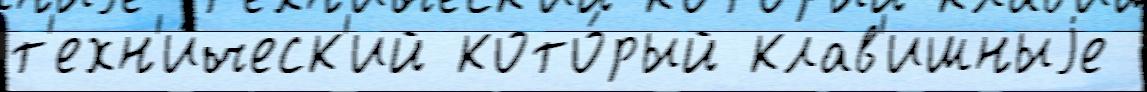
т'ехн'и́ческ'ий кото́рый клав'ишныjе